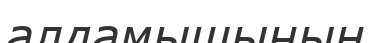
алдамышының